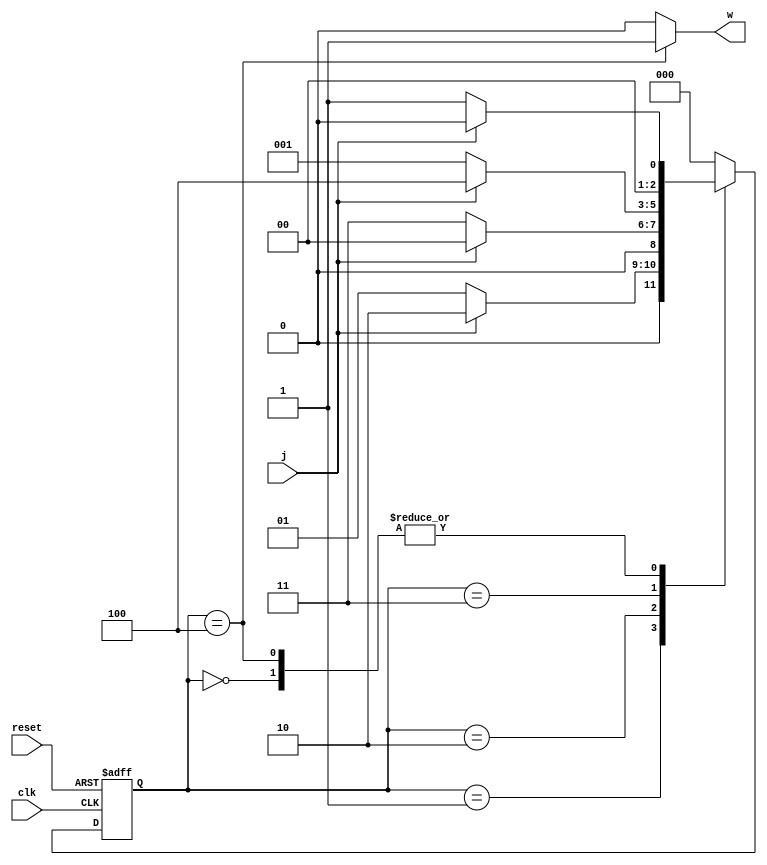
`timescale 1ns/1ns

module Moore0101 (
	input clk, j, reset,
	output w
);

	reg [2:0] ns;
	reg [2:0] ps;

	parameter [2:0] A = 3'd0, B = 3'd1, C = 3'd2, D = 3'd3, E = 3'd4;

	always @(ps, j) begin
		ns = A;
		case (ps)
			A: ns = j ? A : B;
			B: ns = j ? C : B;
			C: ns = j ? A : D;
			D: ns = j ? E : B;
			E: ns = j ? A : B;
		endcase
	end

	assign w = (ps == E) ? 1'b1 : 1'b0;

	always @(posedge clk, posedge reset) begin
		if(reset)
			ps <= A;
		else
			ps <= ns;
	end
endmodule